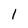
Character: 1